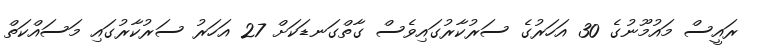
ރައީސް މައުމޫނުގެ 30 އަހަރުގެ ސަރުކާރުގައިވެސް ގާތްގަނޑަކަށް 27 އަހަރު ސަރުކާރުގައި މަސައްކަތް